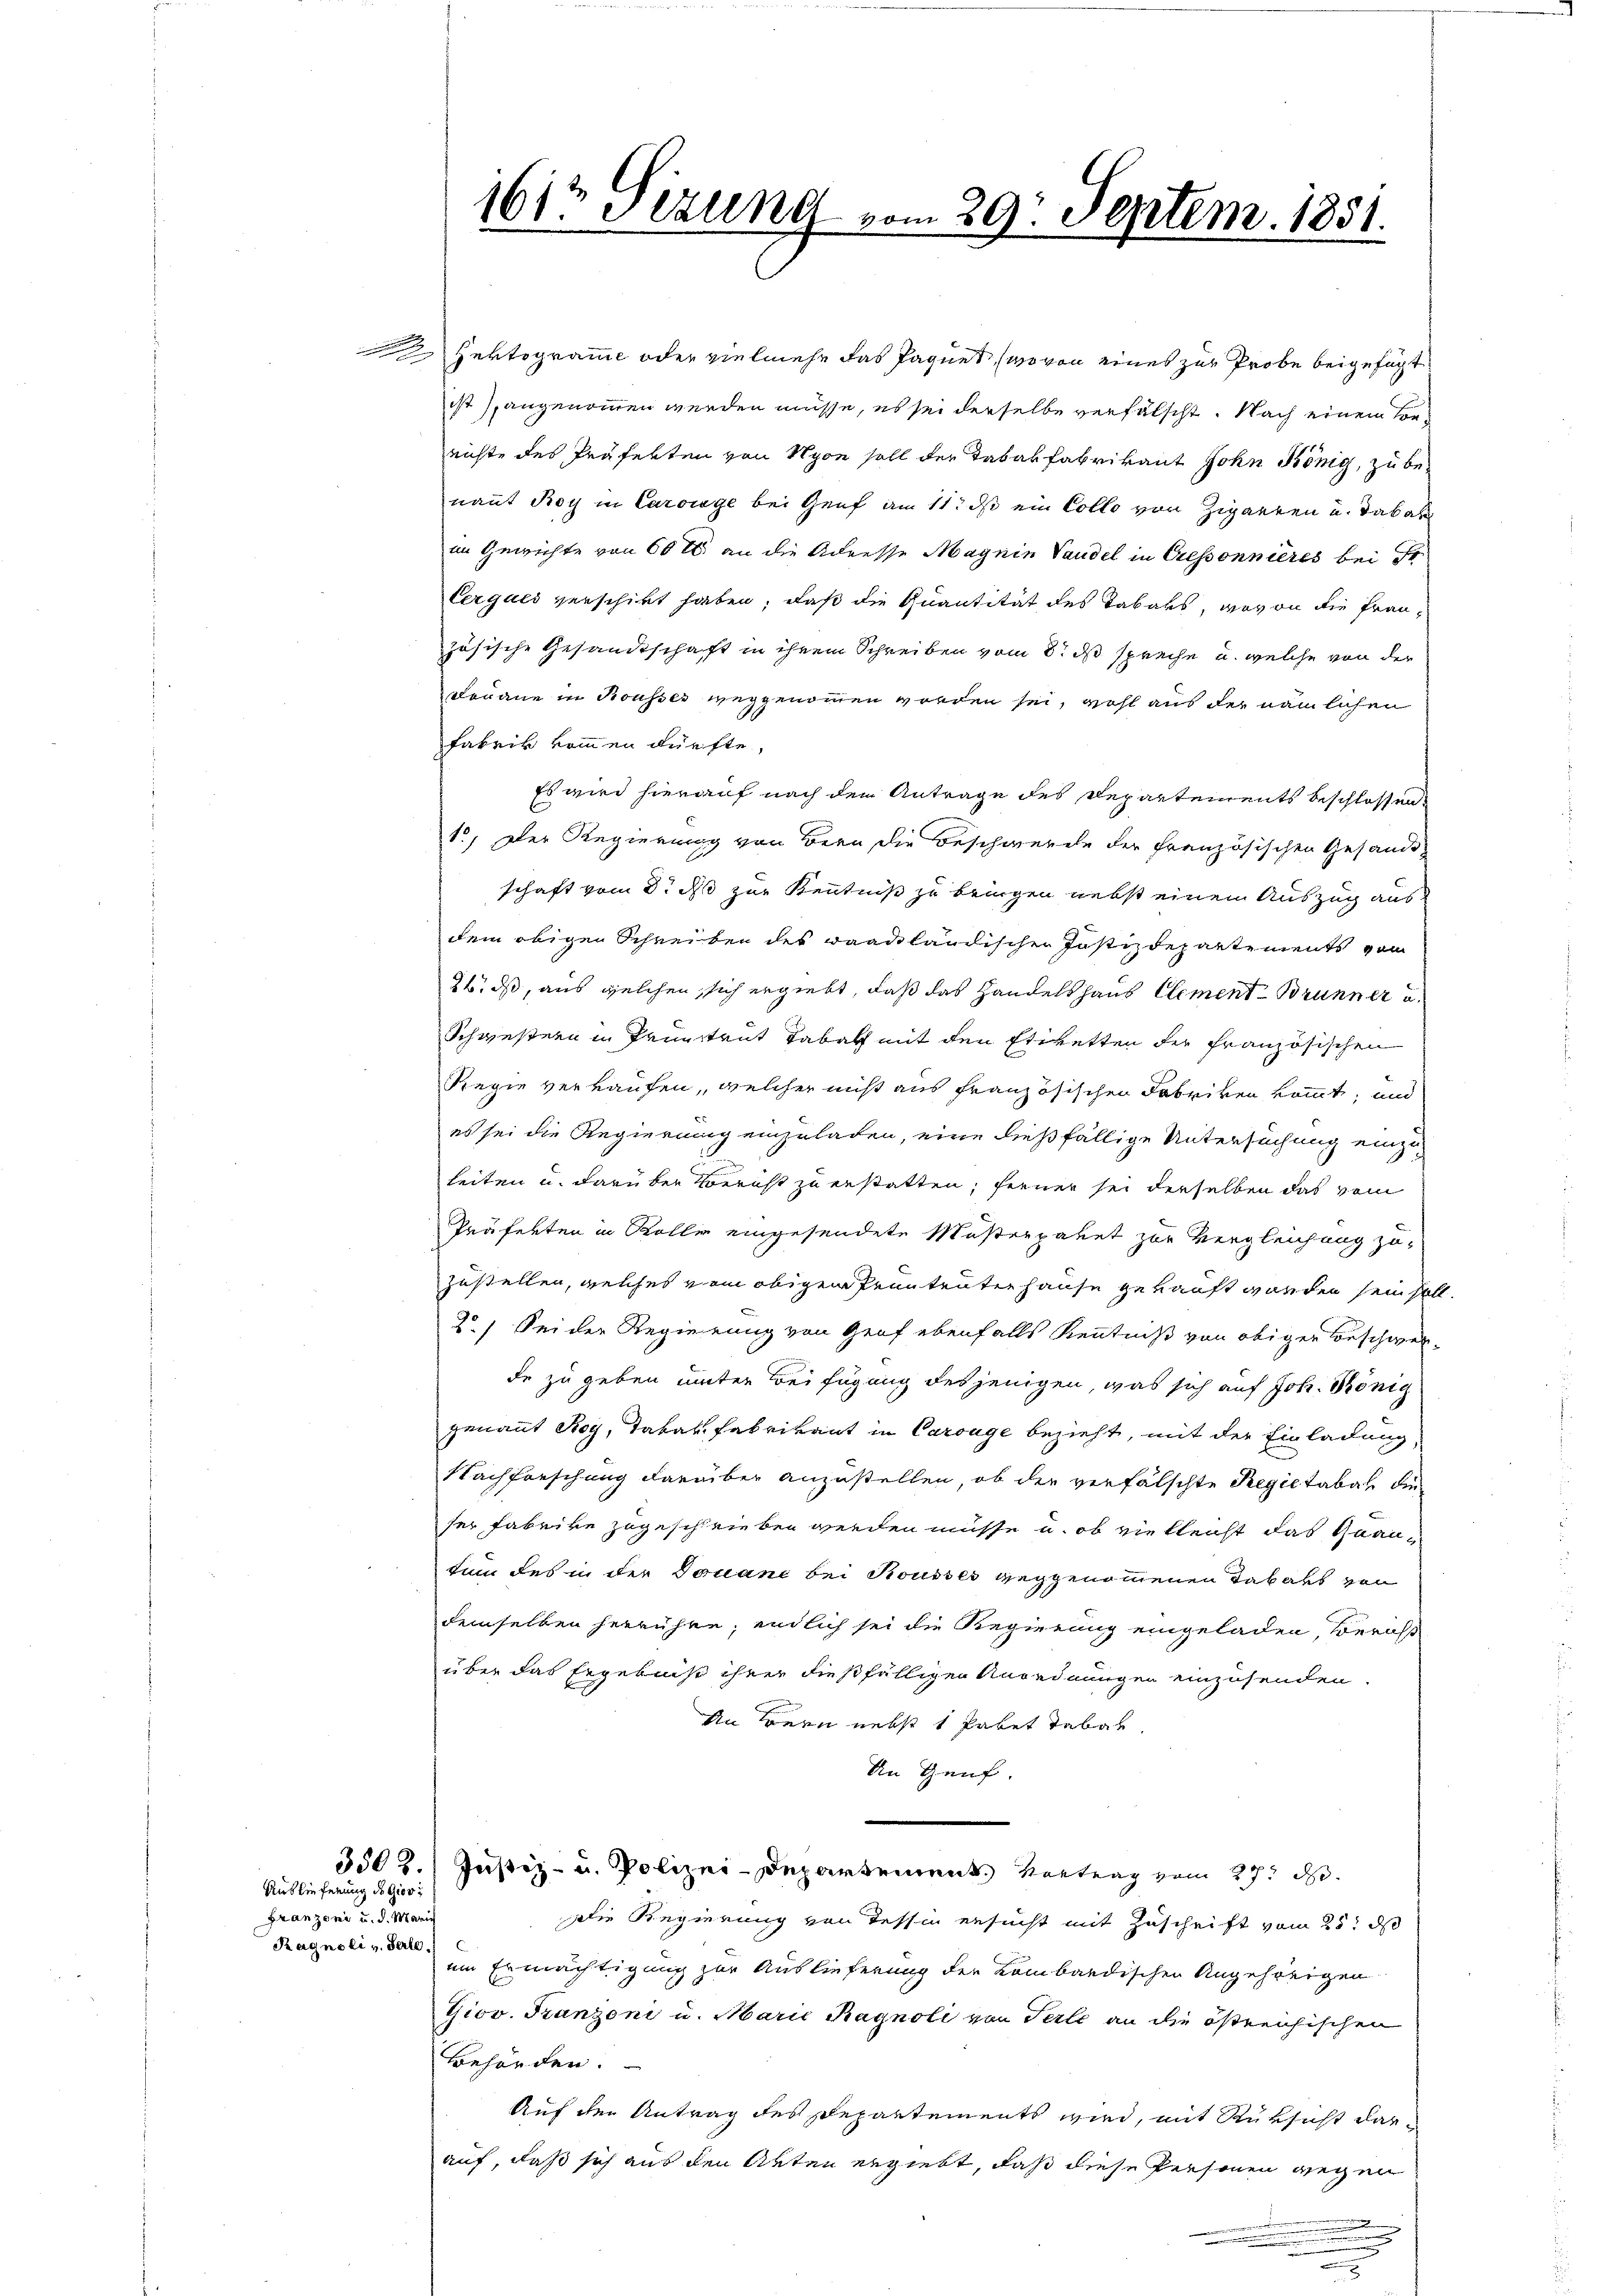
Franzoni u. d. Mari
Ragnoli v. Perle

Hertogramme oder vielmehr das Paquet, (wovon eines zur Probe beigefügt
ist angenommen werden müsse, es sei derselbe verfälscht. Nach einem Berichte des Präfekten von Nyon soll der Tabakfabrikant John König, zu benannt Roy in Carowege bei Genf am 11. ds ein Colle von Zigarren u. Tabak
im Gewichte von 60 l. an die Adresse Magnie Vaudel in Cressonnières bei Fr
Cerques verschickt haben; daß die Quantität des Tabaks, wovon die Französische Gesandtschaft in ihrem Schreiben vom 8. ds spreche u. welche von der
Douane in Rousser weggenommen worden sei, wohl aus der nämlichen
fabrik kommen dürfte,
Es wird hierauf nach den Antrage des Repartements beschlossen
1, Der Regierung von Bern die Beschwerde der Französischen Gesandtschaft vom 3. ds zur Kenntniß zu bringen nebst einen Auszug aus
dem obigen Schreiben des waadtländischen Justizdepartements vom
24. ds, aus welchen sich ergiebt, daß das Handelshaus Element - Brunner
Schwestern in Pruntrut Tabach mit den Eheretten der französischen
Regie verkaufen, welcher nicht aus französischen Fabriken kommt, und
es sei die Regierung einzuladen, eine dießfällige Untersuchung einzukeiten u. darüber Bericht zu erstatten, ferner sei derselben das vom
Präferten in Rolle eingesendete Musterpaket zur Vergleichung zuzustellen, welches vom obigen Prententerhause gekauft worden sein soll.
2.) Sei der Regierung von Graf ebenfalls Kenntniß von obiger Beschwerde zu geben unter Beifügung desjenigen, was sich auf Joh. König
genannt Roy, Tabak Fabrikant in Carrage bezieht, mit der Einladung,
Nachforschung darüber anzustellen, ob der verfälschte Regietabach die
ser Fabrike zugeschrieben werden müsse u. ob vielleicht das Quantum des in der Douane bei Rousses geggenommenen Tabaks von
demselben herrühre; endlich sei die Regierung eingeladen, Beraüber das Ergebniß ihrer dießfälligen Anordnungen einzusenden.
An Bern nebst 1 Paket Tabar
An Genf.
e
3502. Justiz- u. Polizei-Departement Vortrag vom 27. d.
Die Regierung von Tessin ersucht mit Zuschrift vom 25t ds
em Ermächtigung zur Auslieferung der kombardischen Angehörigen
Giov. Franzoni u. Marić Ragnoli von Perle an die östreichischen
Behörden.
Auf den Antrag des Departements wird, mit Rüksicht darauf, daß sich aus den Arten ergiebt, daß diese Personen gegen
n
n
.
.
d

Auslieferung des Giov

1612 Sizung vom 29. Septem. 1851.